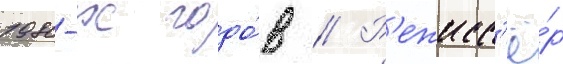
1980-х годо́в // Р'ежисс'ё́р